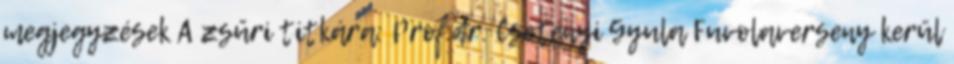
megjegyzések A zsűri titkára: Prof.dr. Csetényi Gyula Fuvolaverseny kerül